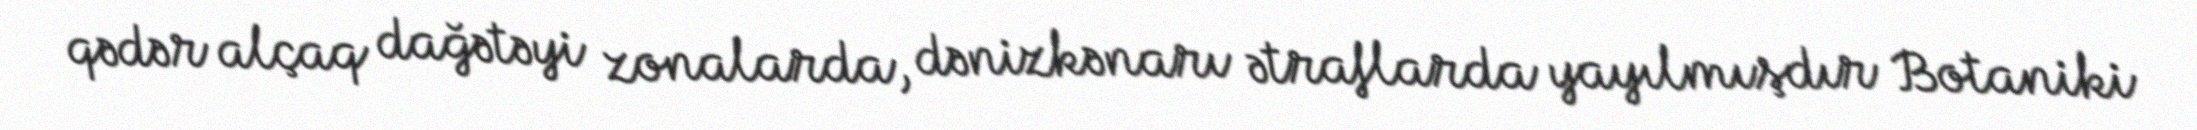
qədər alçaq dağətəyi zonalarda, dənizkənarı ətraflarda yayılmışdır Botaniki